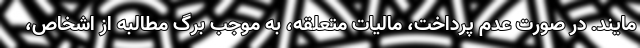
مایند. در صورت عدم پرداخت، مالیات متعلقه، به موجب برگ مطالبه از اشخاص،